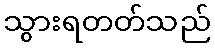
သွားရတတ်သည်